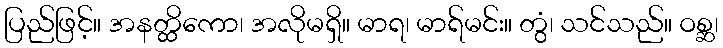
ပြည်ဖြင့်။ အနတ္ထိကော၊ အလိုမရှိ။ မာရ၊ မာရ်မင်း။ တွံ၊ သင်သည်။ ဝစ္ဆ၊